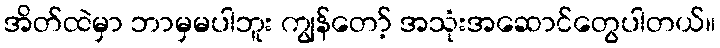
အိတ်ထဲမှာ ဘာမှမပါဘူး ကျွန်တော့် အသုံးအဆောင်တွေပါတယ်။